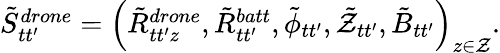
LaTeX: \begin{array}{r}{{\tilde{S}}_{tt^{\prime}}^{drone}=\left(\tilde{R}_{tt^{\prime}z}^{drone},\tilde{R}_{tt^{\prime}}^{batt},\tilde{\phi}_{tt^{\prime}},\tilde{{\cal Z}}_{tt^{\prime}},{\tilde{B}}_{tt^{\prime}}\right)_{z\in{\cal Z}}.}\end{array}